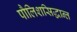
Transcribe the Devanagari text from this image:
पौलिशसिद्धान्त